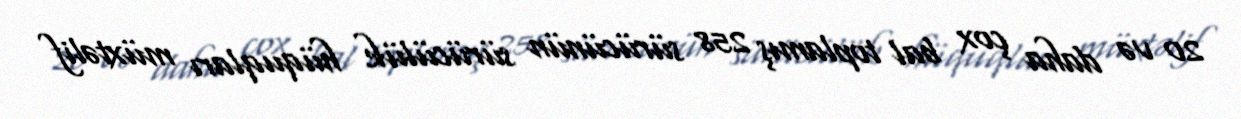
20 və daha çox bal toplamış 258 sürücünün sürücülük hüquqları müxtəlif